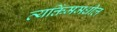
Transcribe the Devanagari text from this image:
व्यक्तिंममधील